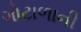
ગોટાળાની